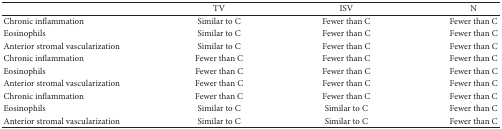
<table><thead><tr><td>[EMPTY_CELL]</td><td><b>TV</b></td><td><b>ISV</b></td><td><b>N</b></td></tr></thead><tbody><tr><td>Chronic inflammation</td><td>Similar to C</td><td>Fewer than C</td><td>Fewer than C</td></tr><tr><td>Eosinophils</td><td>Similar to C</td><td>Fewer than C</td><td>Fewer than C</td></tr><tr><td>Anterior stromal vascularization</td><td>Similar to C</td><td>Fewer than C</td><td>Fewer than C</td></tr><tr><td>Chronic inflammation</td><td>Fewer than C</td><td>Fewer than C</td><td>Fewer than C</td></tr><tr><td>Eosinophils</td><td>Fewer than C</td><td>Fewer than C</td><td>Fewer than C</td></tr><tr><td>Anterior stromal vascularization</td><td>Fewer than C</td><td>Fewer than C</td><td>Fewer than C</td></tr><tr><td>Chronic inflammation</td><td>Fewer than C</td><td>Fewer than C</td><td>Fewer than C</td></tr><tr><td>Eosinophils</td><td>Similar to C</td><td>Similar to C</td><td>Fewer than C</td></tr><tr><td>Anterior stromal vascularization</td><td>Similar to C</td><td>Similar to C</td><td>Fewer than C</td></tr></tbody></table>